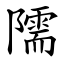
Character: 隭